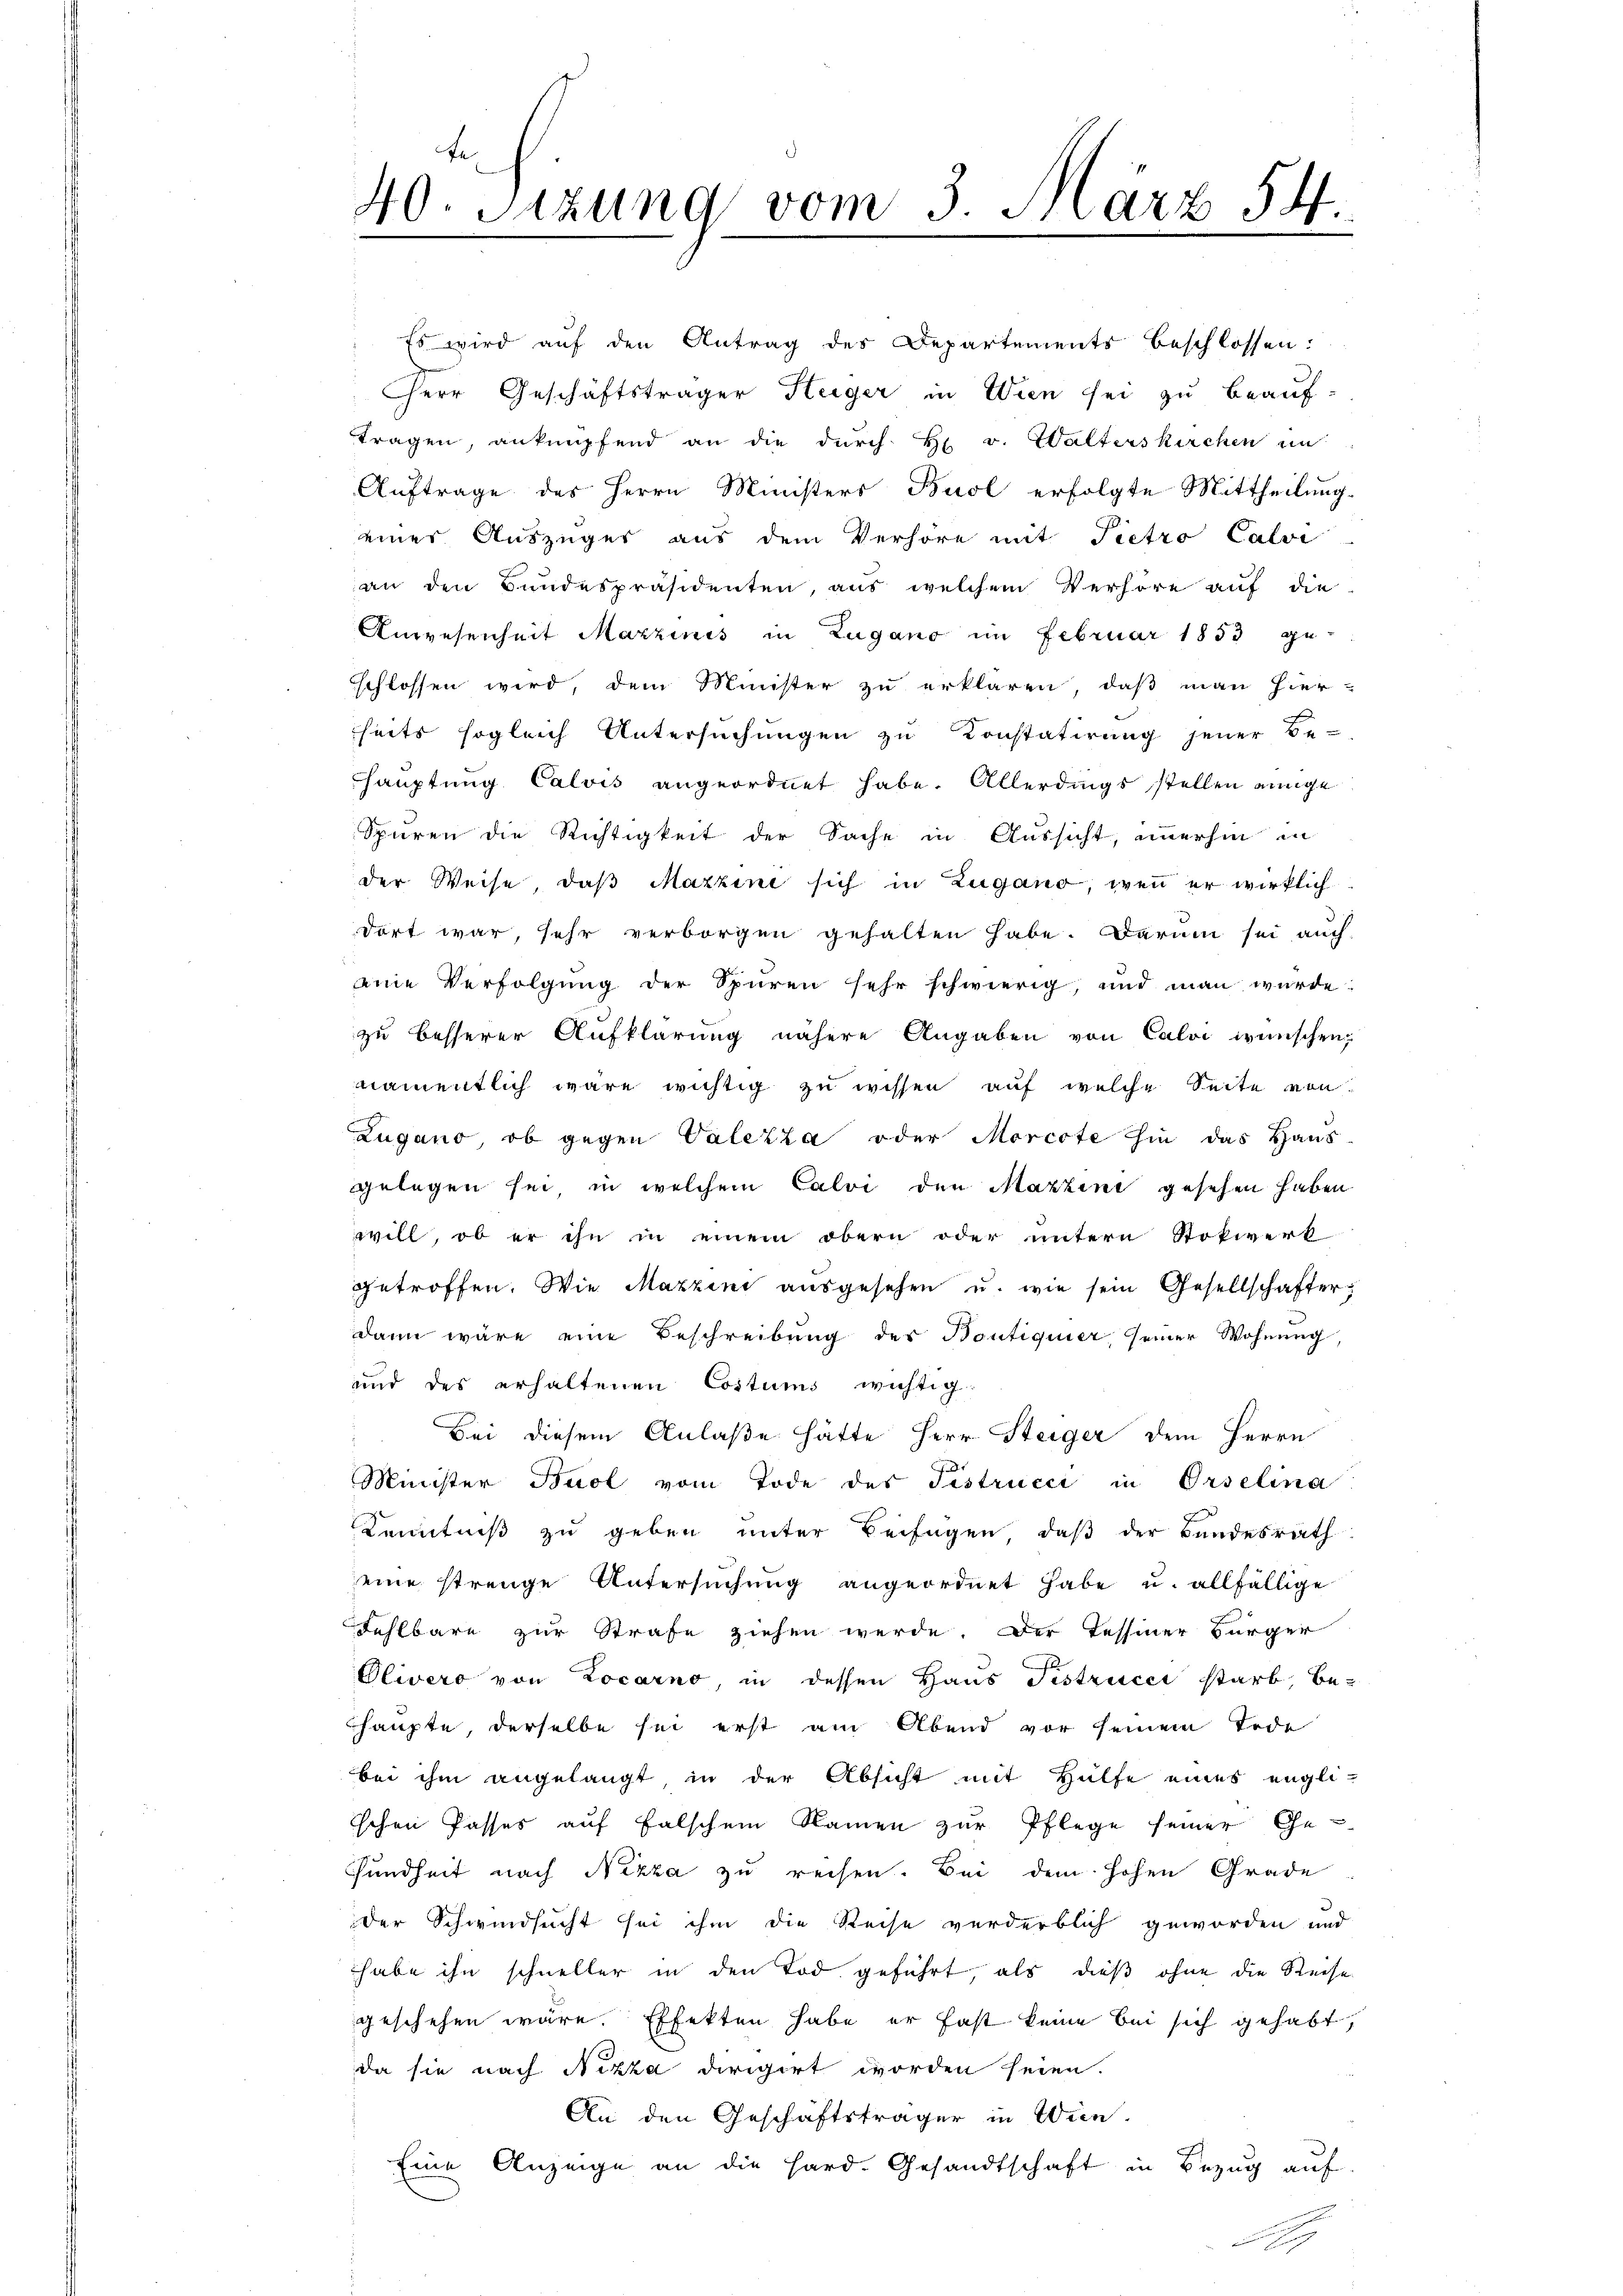
40. Sitzung vom 3. März 54
b

Es wird auf den Antrag des Departements beschlossen:
Cherr Geschäftsträger Steiger in Wien sei zu beauf-
tragen, anknüpfend an die durch H. v. Walterskirchen in
Auftrage des Herrn Ministers Buol erfolgte Mittheilung
eines Auszüger aus dem Verhöre mit Pietro Calvi
an den Bundespräsidenten, aus welchem Verhöre auf die
Anwesenheit Mazzinis in Zugano im Februar 1853 ge-
schlossen wird, dem Minister zu erklären, daß man hier-
heits sogleich Untersuchungen zu Konstatirung jener Be-
Hauptung Calvis angeordnet habe. Allerdings stellen einige
Spuren die Richtigkeit der Sache in Aussicht, immerhin in
der Weise, daβ Mazzini sich in Zugano, wenn er wirklich
dort war, sehr verborgen gehalten habe. Darum sei auch
aine Verfolgŭng der Spüren sehr schwierig, und man würde:
zu besserer Aufklärung nähere Angaben von Calvi wünschen,
namentlich wäre wichtig zu wissen, auf welche Seite von
Zugano, ob gegen Valezza oder Morcote hin das Haus-
gelegen sei, in welchem Calvi den Mazzini gesehen haben
will, ob er ihn in einem obern oder untern Stokwerk
getroffen. Wie Maxzini ausgesehen u. wie sein Gesellschafter
dann wäre eine Beschreibung des Bontiquier, seiner Wohnung,
und des erhaltenen Costums wichtig
Bei diesem Anlaße hätte Herr Steiger dem Herrn
Minister Buol vom Tode des Fistrucci in Orselina
Kenntniß zu geben unter Beifügen, daß der Bundesrath
eine strenge Untersuchung angeordnet habe u. allfällige
Fehlbare zur Strafe ziehen werde. Der Tessiner Bürger
Olivero von Locarno in dessen Haus Testrices starb, be-
haupte, derselbe sei erst am Abend vor seinem Tode
bei ihm angelangt, in der Absicht mit Hülfe eines engli-
schen Passes auf falschem Namen zur Pflege seiner Ge-
sundheit nach Nizza zu reisen. Bei dem hohen Grade
der Schwindsucht sei ihm die Reise verderblich geworden und
habe ihn schneller in den Tod geführt, als dieß ohne die Reise
geschehen wäre. Effekten habe er fast keine bei sich gehabt,
da sie nach Nizza dirigirt worden seien.
An den Geschäftsträger in Wien.
Eine Anzeige an die Hard. Gesandtschaft in Bezug auf